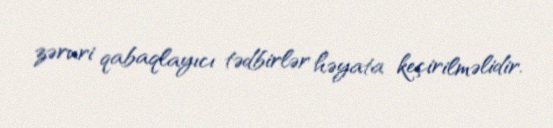
zəruri qabaqlayıcı tədbirlər həyata keçirilməlidir.